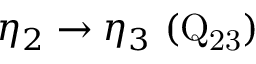
\eta _ { 2 } \rightarrow \eta _ { 3 } ~ ( \mathrm { Q _ { 2 3 } } )